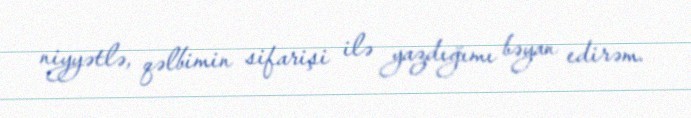
niyyətlə, qəlbimin sifarişi ilə yazdığımı bəyan edirəm.